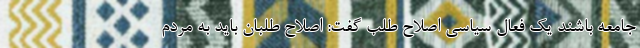
جامعه باشند یک فعال سیاسی اصلاح طلب گفت: اصلاح طلبان باید به مردم